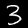
Digit: 3